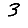
Digit: 3